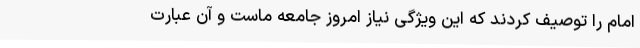
امام را توصیف کردند که این ویژگی نیاز امروز جامعه ماست و آن عبارت